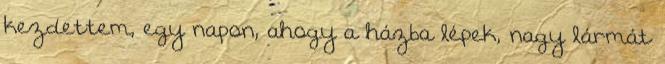
kezdettem, egy napon, ahogy a házba lépek, nagy lármát